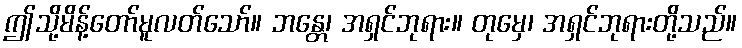
ဤသို့မိန့်တော်မူလတ်သော်။ ဘန္တေ၊ အရှင်ဘုရား။ တုမှေ၊ အရှင်ဘုရားတို့သည်။